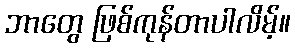
ဘာတွေ ဖြစ်ကုန်တာပါလိမ့်။